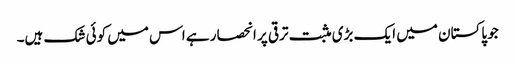
جو پاکستان میں ایک بڑی مثبت ترقی پر انحصار ہے اس میں کوئی شک ہیں۔